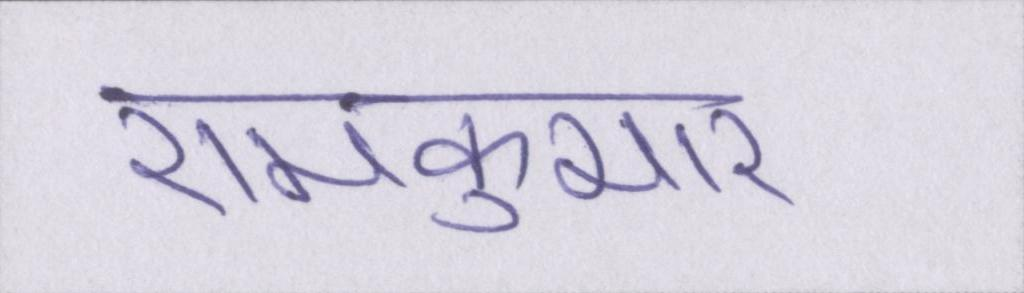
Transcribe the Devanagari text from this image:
रामकुमार